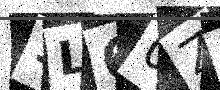
Text: 1L60ZB